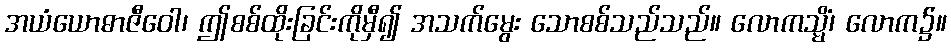
အယံယောဓာဇီဝေါ၊ ဤစစ်ထိုးခြင်းကိုမှီ၍ အသက်မွေး သောစစ်သည်သည်။ လောကသ္မိံ၊ လောက၌။